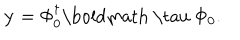
{ \bf y } = \Phi _ { 0 } ^ { \dagger } \mathrm { \boldmath ~ \ t a u ~ } \Phi _ { 0 } .